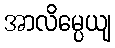
အာလိမ္ပေယျ